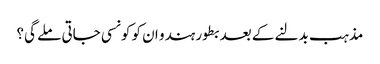
مذہب بدلنے کے بعد بطور ہندو ان کو کونسی جاتی ملے گی؟